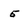
Character: 5